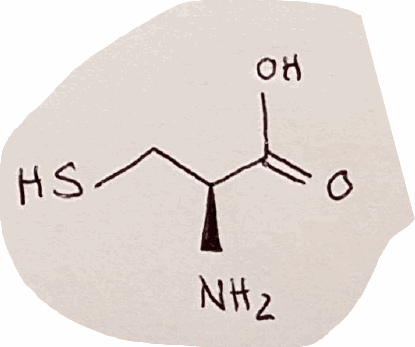
Simplified molecular-input line-entry system (SMILES) notation of the given molecule:
C([C@@H](C(=O)O)N)S